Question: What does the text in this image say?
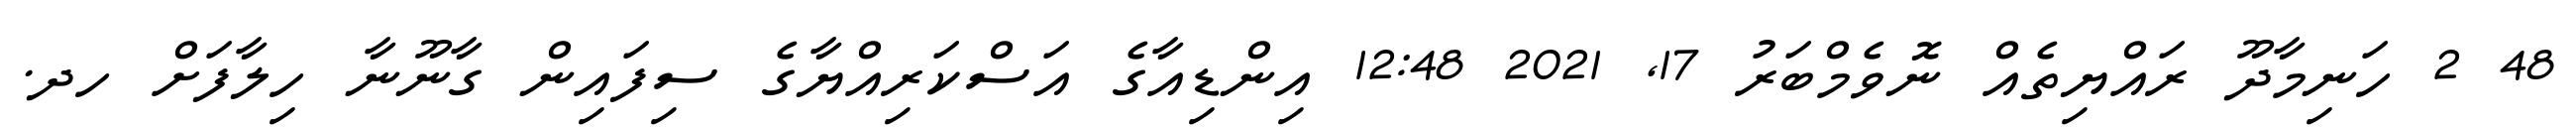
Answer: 48 2 ހަނިމާދޫ ރައްޔިތެއް ނޮވެމްބަރު 17, 2021 12:48 އިންޑިއާގެ އަސްކަރިއްޔާގެ ސިފައިން ގާނޫނާ ހިލާފަށް ހދ.